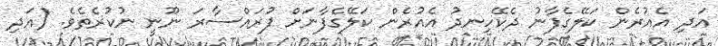
އަދި އެއުރެން ކަލޭގެފާނު ދެކޭހިނދު އެއުރެން ކަލޭގެފާނަށް ފުރައްސާރަ ނޫނީ ނުކުރެތެވެ. (އަދި